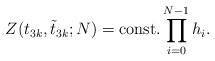
\begin{align*}Z(t_{3k},\tilde{t}_{3k};N)={\rm const.}\prod_{i=0}^{N-1}h_{i}.\end{align*}